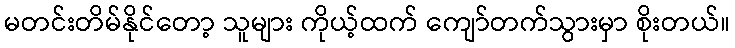
မတင်းတိမ်နိုင်တော့ သူများ ကိုယ့်ထက် ကျော်တက်သွားမှာ စိုးတယ်။